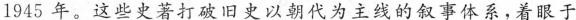
1945年。这些史著打破旧史以朝代为主线的叙事体系，着眼于